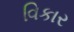
વિકાર